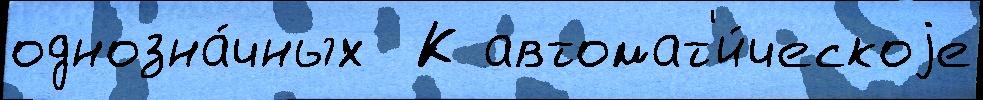
однозна́чных  К автомат'и́ческоjе